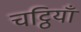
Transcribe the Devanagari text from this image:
चट्ठियाँ